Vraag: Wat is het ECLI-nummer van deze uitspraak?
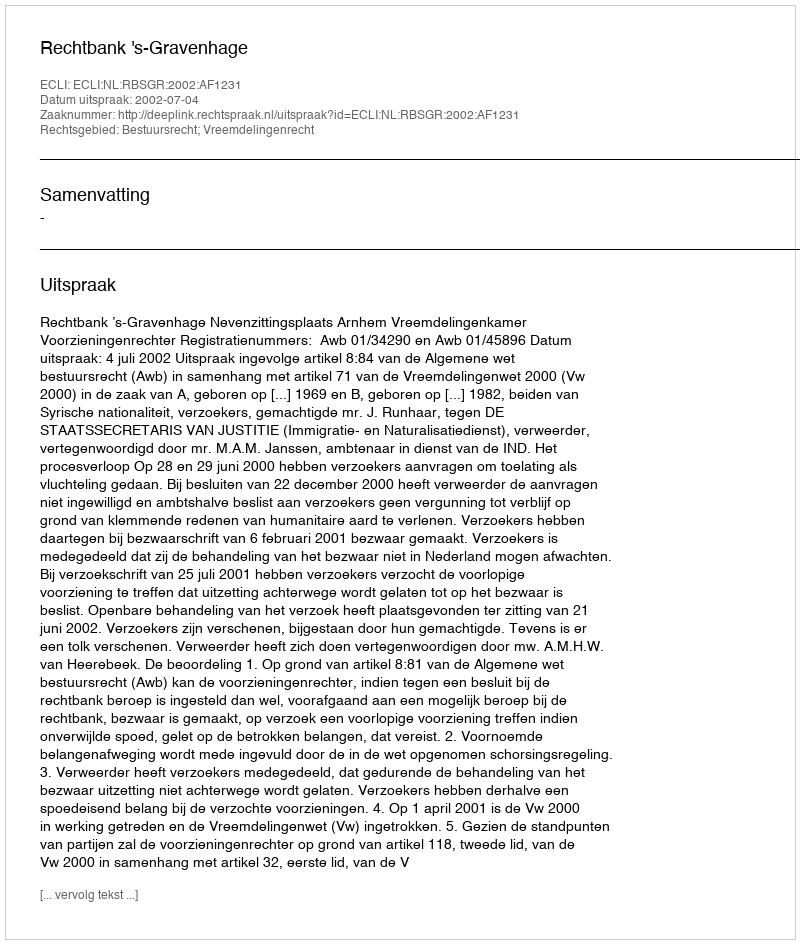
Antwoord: ECLI:NL:RBSGR:2002:AF1231